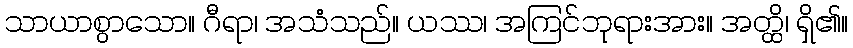
သာယာစွာသော။ ဂီရာ၊ အသံသည်။ ယဿ၊ အကြင်ဘုရားအား။ အတ္ထိ၊ ရှိ၏။